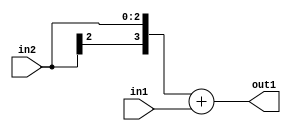
`timescale 1ps / 1ps
/*****************************************************************************
    Verilog RTL Description
    
    
    Created by: Stratus DpOpt 2019.1.01 
*******************************************************************************/

module DC_Filter_Add_3Sx2U_4S_4 (
	in2,
	in1,
	out1
	); /* architecture "behavioural" */ 
input [2:0] in2;
input [1:0] in1;
output [3:0] out1;
wire [3:0] asc001;

assign asc001 = 
	+({in2[2], in2})
	+(in1);

assign out1 = asc001;
endmodule

/* CADENCE  ubDyTQA= : u9/ySgnWtBlWxVPRXgAZ4Og= ** DO NOT EDIT THIS LINE ******/